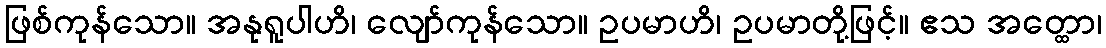
ဖြစ်ကုန်သော။ အနုရူပါဟိ၊ လျော်ကုန်သော။ ဥပမာဟိ၊ ဥပမာတို့ဖြင့်။ ဧသ အတ္ထော၊